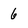
Character: 6